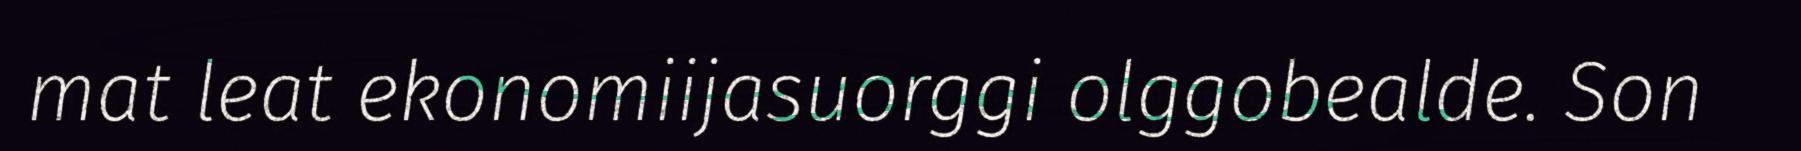
mat leat ekonomiijasuorggi olggobealde. Son